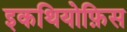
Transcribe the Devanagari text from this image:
इकथियोफ़िस